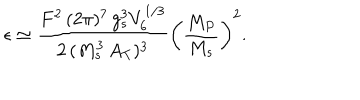
\epsilon \simeq \frac { F ^ { 2 } \, ( 2 \pi ) ^ { 7 } \, g _ { s } ^ { 3 } V _ { 6 } ^ { 1 / 3 } } { 2 \, ( M _ { s } ^ { 3 } \, A _ { T } ) ^ { 3 } } \left( \frac { M _ { P } } { M _ { s } } \right) ^ { 2 } .